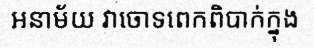
អនាម័យ វាចោទពេកពិបាក់ក្នុង